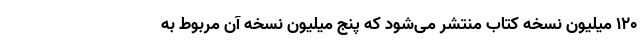
۱۲۰ میلیون نسخه کتاب منتشر می‌شود که پنج میلیون نسخه آن مربوط به